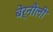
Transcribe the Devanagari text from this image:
बेर्नौली